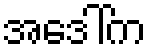
အဒေါ်က